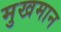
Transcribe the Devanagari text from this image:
मुखमान